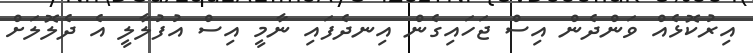
އިރުކޮޅެއް ވަންދެން އިސް ޖަހައިގެން އިނދެފައި ނާމީ އިސް އުފުލާލީ އެ ދެލޮލަށް